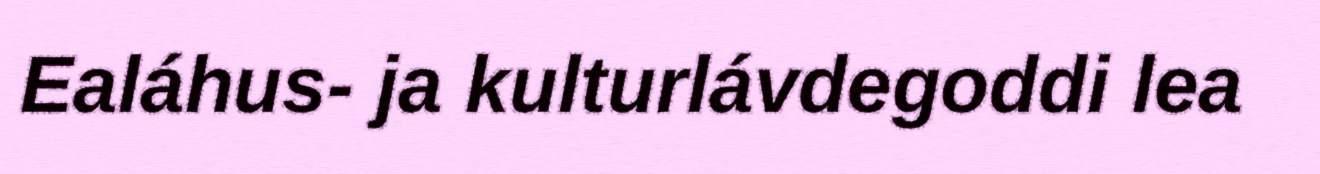
Ealáhus- ja kulturlávdegoddi lea